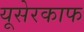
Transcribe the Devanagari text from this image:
यूसेरकाफ